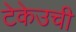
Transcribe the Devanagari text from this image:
टेकेउची